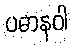
ပဓာနဝါ